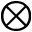
\otimes